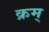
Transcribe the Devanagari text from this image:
क्रम्